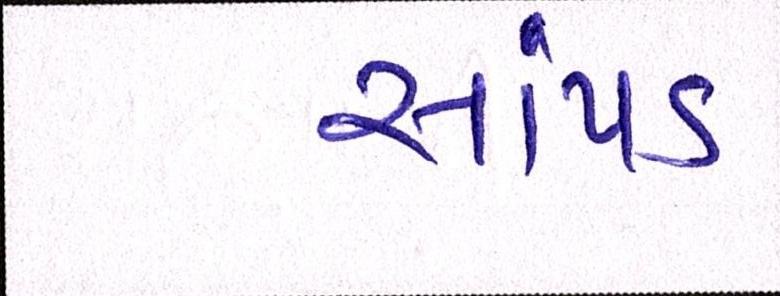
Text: સાંપડ